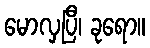
မောလှပြီ၊ ခုရော။